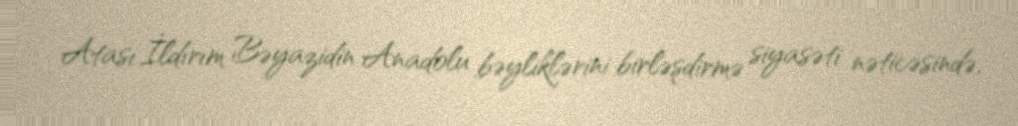
Atası İldırım Bəyazidin Anadolu bəyliklərini birləşdirmə siyasəti nəticəsində,